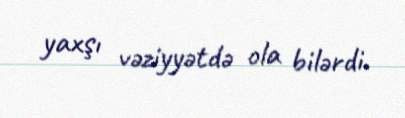
yaxşı vəziyyətdə ola bilərdi.